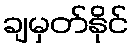
ချမှတ်နိုင်